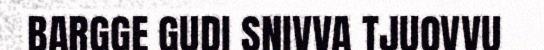
BARGGE GUDI SNIVVA TJUOVVU